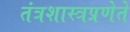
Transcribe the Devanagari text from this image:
तंत्रशास्त्रप्रणेते